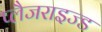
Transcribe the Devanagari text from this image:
प्लैजराइज्ड